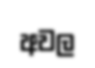
අවල